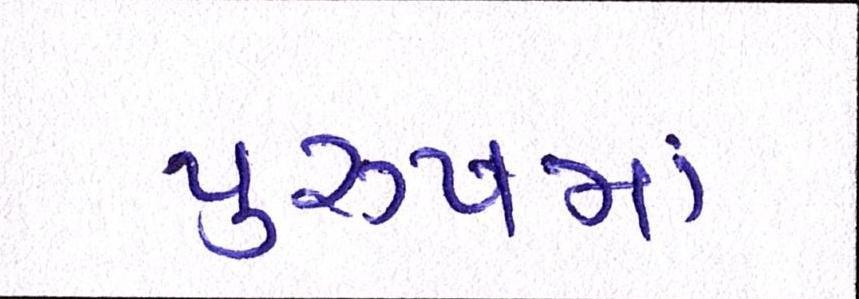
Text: પુરુષમાં